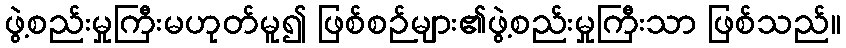
ဖွဲ့စည်းမှုကြီးမဟုတ်မူ၍ ဖြစ်စဉ်များ၏ဖွဲ့စည်းမှုကြီးသာ ဖြစ်သည်။